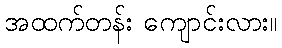
အထက်တန်း ကျောင်းလား။